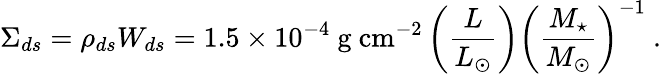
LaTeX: \Sigma_{ds}=\rho_{ds}W_{ds}=1.5\times 10^{-4}~\mathrm{g~cm^{-2}}\left({\frac{L}{L_{\odot}}}\right)\left({\frac{M_{\star}}{M_{\odot}}}\right)^{-1}~.